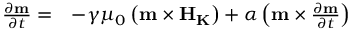
\begin{array} { l l } { \frac { { \partial } { \bf { m } } } { { \partial } t } = } & { - \gamma { \mu } _ { 0 } \left( { \bf { m } } \times { \bf { { H } } } _ { \bf { { K } } } \right) + \alpha \left( { \bf { m } } \times \frac { { \partial } { \bf { m } } } { { \partial } t } \right) } \end{array}